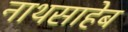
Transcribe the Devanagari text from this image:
नाथसाहेब